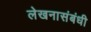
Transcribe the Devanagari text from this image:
लेखनासंबंधी